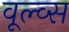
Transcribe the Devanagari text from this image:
वूल्व्स